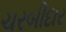
ચરબીદાર